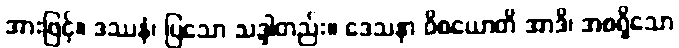
အားဖြင့်။ ဒဿနံ၊ ပြသော သဒ္ဒါတည်း။ ဒေသနာ ဝိစယောတိ အာဒိ၊ အစရှိသော